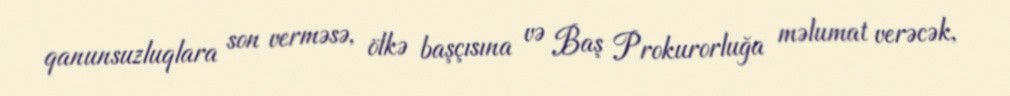
qanunsuzluqlara son verməsə, ölkə başçısına və Baş Prokurorluğa məlumat verəcək,